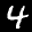
Label: 4